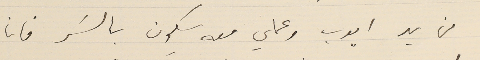
من يد ايوب وعملي معه يكون بالسَر فانا